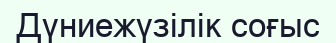
Дүниежүзілік соғыс